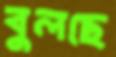
বুলছে